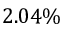
2 . 0 4 \%